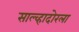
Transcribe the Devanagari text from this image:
साल्व्हादोरला